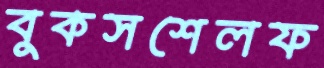
বুকসশেলফ